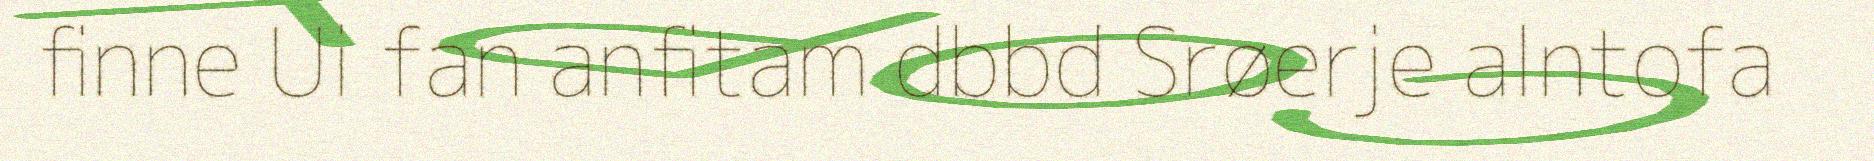
finne Ui fan anfitam dbbd Srøerje alntofa